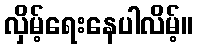
လှိမ့်ရေးနေပါလိမ့်။